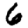
Digit: 6